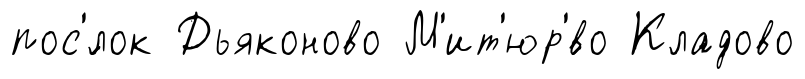
пос'́лок Дьяконово М'ит'юр'́во Кладово